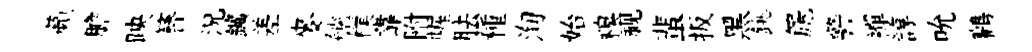
蘋膽映簮況鑛差麥艫樸靠附幄胠種洵始糗视蜚扳黑銚篪警襌諄吮鸛